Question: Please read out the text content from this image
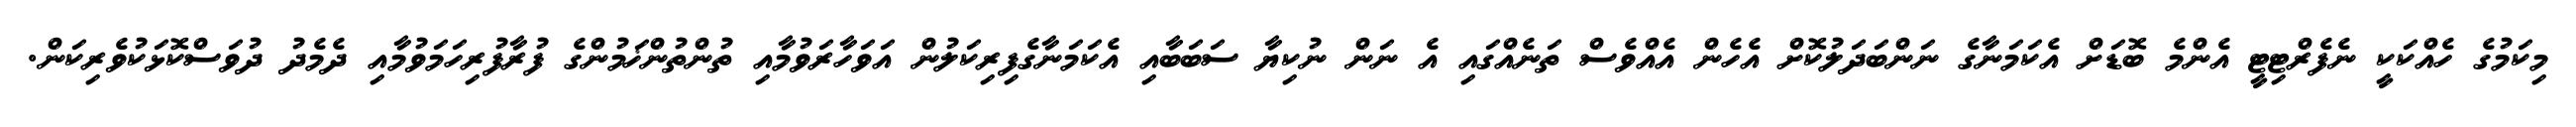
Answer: މިކަމުގެ ހެއްކަކީ ނެފެރްޓިޓީ އެންމެ ބޮޑަށް އެކަމަނާގެ ނަންބަދަލުކޮށް އެހެން އެއްވެސް ތަނެއްގައި އެ ނަން ނުކިޔާ ސަބަބާއި އެކަމަނާގެފިރިކަލުން އަވަހާރަވުމާއި ތުންތުންޚަމުންގެ ފުރާފުރިހަމަވުމާއި ދެމެދު ދުވަސްކޮޅަކުވެރިކަން.